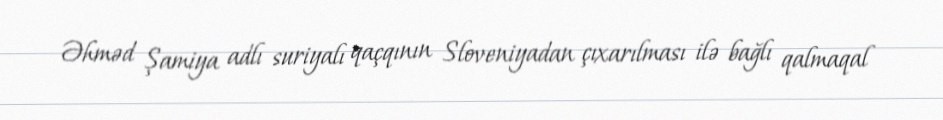
Əhməd Şamiya adlı suriyalı qaçqının Sloveniyadan çıxarılması ilə bağlı qalmaqal